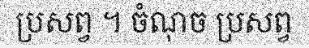
ប្រសព្វ ។ ចំណុច ប្រសព្វ